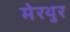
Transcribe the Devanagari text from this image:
मेरथुर